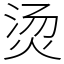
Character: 烫